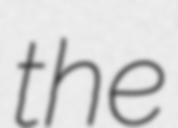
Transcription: the